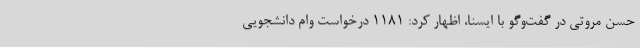
حسن مروتی در گفت‌وگو با ایسنا، اظهار کرد: 1181 درخواست وام دانشجویی